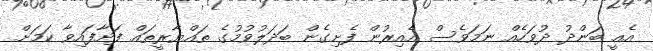
އެއީ ބަންދު ދުވަހެއް ނަަމަވެސް އެއިރުން ފެށިގެން ބަދަލުވުމުގެ ތައްޔާރީތައް ފަށާފައިވާ ކަމަށް